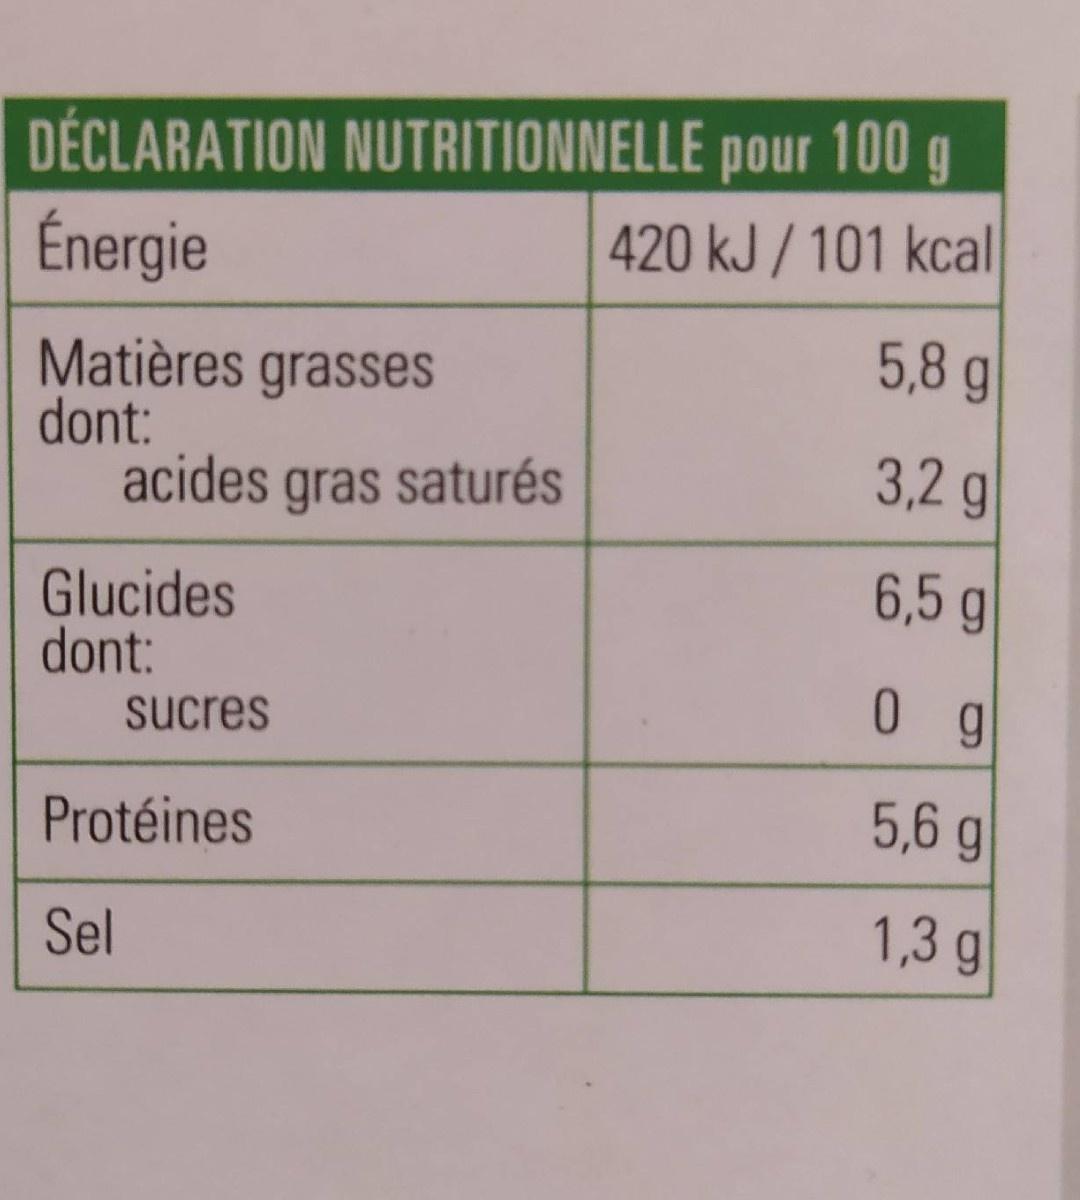
DÉCLARATION NUTRITIONNELLE pour 100 g 420 kJ / 101 kcal
Énergie
5,8 g
Matières grasses dont: acides gras saturés
3,2 g
6,5 g
Glucides dont:
0 g
sucres
5,6g
Protéines
1,3 g
Sel